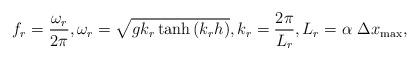
LaTeX: \begin{align*} f_r = \frac{\omega_r}{2 \pi}, \omega_r=\sqrt{g k_{r} \tanh \left( k_{r} h \right )}, k_r = \frac{2 \pi}{L_r}, L_r = \alpha ~ \Delta x_{\max},\end{align*}